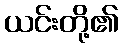
ယင်းတို့၏